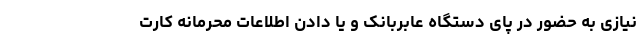
نیازی به حضور در پای دستگاه عابربانک و یا دادن اطلاعات محرمانه کارت